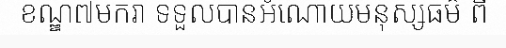
ខណ្ឌ៧មករា ទទួលបានអំណោយមនុស្សធម៌ ពី